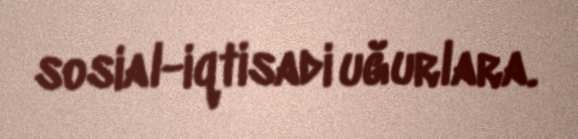
sosial-iqtisadi uğurlara.